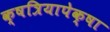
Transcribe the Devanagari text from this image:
क्षत्रियापेक्षा